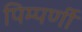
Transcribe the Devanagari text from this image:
पिम्पर्णी